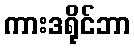
ကားဒရိုင်ဘာ